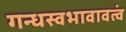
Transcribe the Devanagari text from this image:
गन्धस्वभावावत्वं